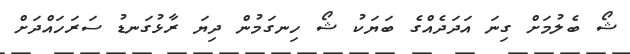
ޝޯ ބެލުމަށް ގިނަ އަދަދެއްގެ ބަޔަކު ޝޯ ހިނގަމުން ދިޔަ ރާޅުގަނޑު ސަރަހައްދަށް